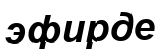
эфирде